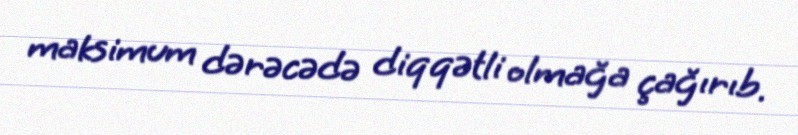
maksimum dərəcədə diqqətli olmağa çağırıb.